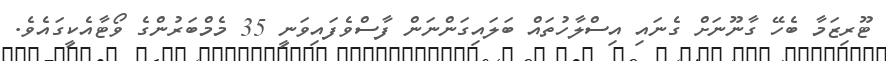
ޓޫރިޒަމާ ބެހޭ ގާނޫނަށް ގެނައި އިސްލާހުތައް ބަލައިގަންނަން ފާސްވެފައިވަނީ 35 މެމްބަރުންގެ ވޯޓާއެކީގައެވެ.